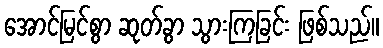
အောင်မြင်စွာ ဆုတ်ခွာ သွားကြခြင်း ဖြစ်သည်။